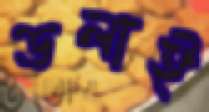
ডলাই